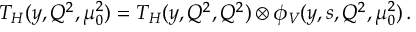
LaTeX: T _ { H } ( y , Q ^ { 2 } , \mu _ { 0 } ^ { 2 } ) = T _ { H } ( y , Q ^ { 2 } , Q ^ { 2 } ) \otimes \phi _ { V } ( y , s , Q ^ { 2 } , \mu _ { 0 } ^ { 2 } ) \, .